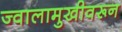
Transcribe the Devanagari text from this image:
ज्वालामुखीवरून